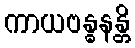
ကာယဗန္ဓနန္တိ